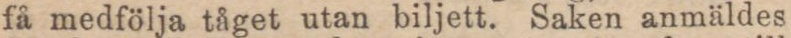
få medfölja tåget utan biljett. Saken anmäldes